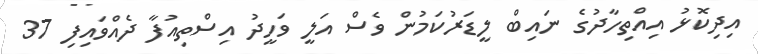
އިދިކޮޅު އިއްތިހާދުގެ ނައިބް ލީޑަރުކަމުން ވެސް އަލީ ވަހީދު އިސްތިއުފާ ދެއްވައިފި 37